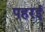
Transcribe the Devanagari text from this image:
पहरई